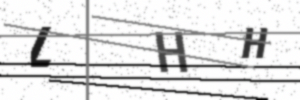
Text: LHH